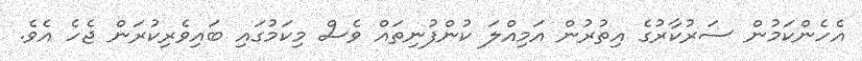
އެހެންކަމުން ސަރުކާރުގެ އިތުރުން އަމިއްލަ ކުންފުނިތައް ވެސް މިކަމުގައި ބައިވެރިކުރަން ޖެހެ އެވެ.